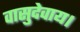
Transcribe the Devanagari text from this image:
वासुदेवाय।